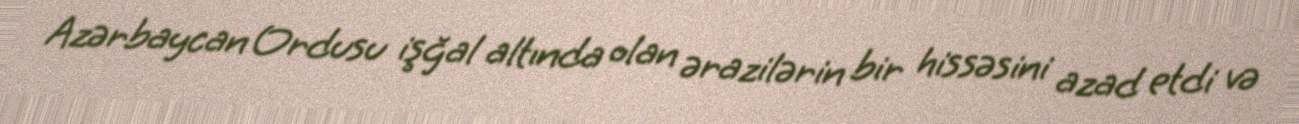
Azərbaycan Ordusu işğal altında olan ərazilərin bir hissəsini azad etdi və